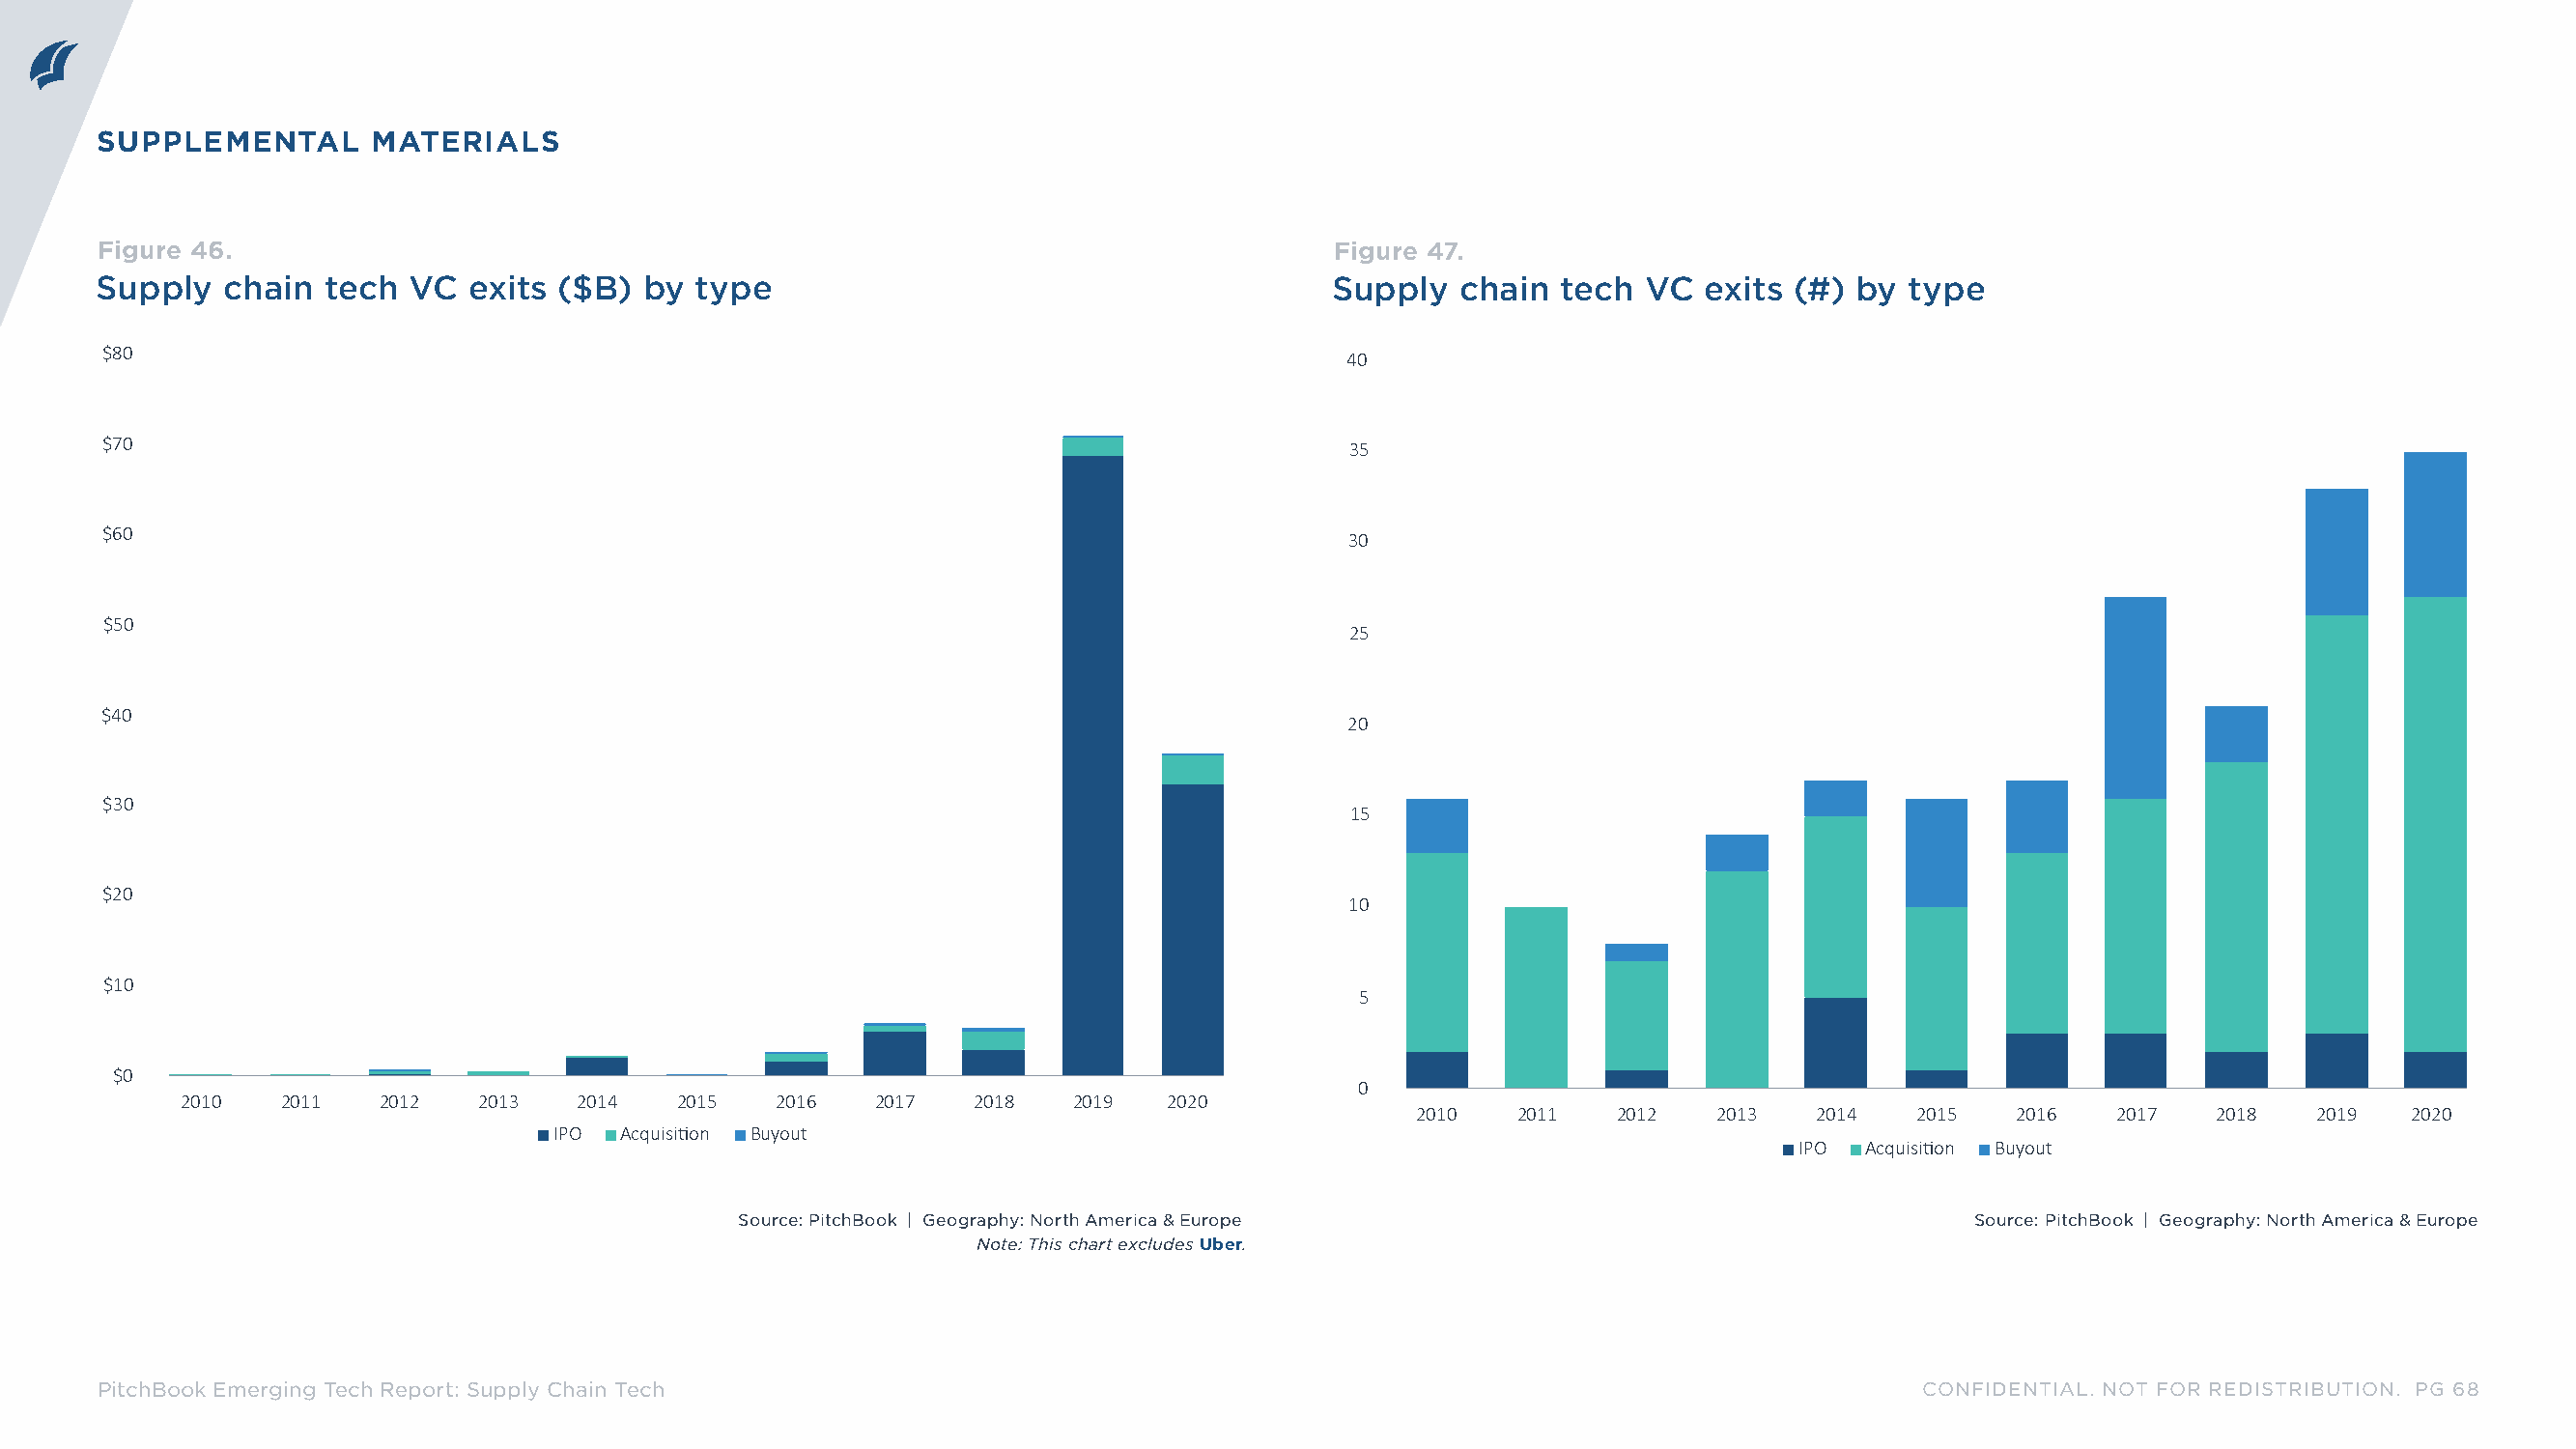
SUPPLEMENTAL      MATERIALS
 Figure 46.                                                                          Figure 47.
 Supply  chain  tech  VC  exits ($B)  by  type                                       Supply   chain  tech  VC  exits (#) by  type
 $80
 40
 $70
 35
 $60
 30
 $50
 25
 $40
 20
 $30
 15
 $20
 10
 $10
 5
 $0
 0
 2010   2011   2012   2013   2014  2015   2016   2017   2018   2019  2020
 2010   2011   2012   2013  2014   2015   2016   2017   2018   2019  2020
 IPO  Acquisition Buyout
 IPO  Acquisition Buyout
 Source: PitchBook | Geography: North America & Europe                               Source: PitchBook | Geography: North America & Europe
 Note: This chart excludes Uber.
 PitchBook Emerging Tech Report: Supply Chain Tech                                                                            CONFIDENTIAL. NOT FOR REDISTRIBUTION. PG 68